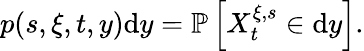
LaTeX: p(s,\xi,t,y)\textrm{d}y=\mathbb{P}\left[X_{t}^{\xi,s}\in\textrm{d}y\right].